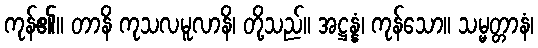
ကုန်၏။ တာနိ ကုသလမူလာနိ၊ တို့သည်။ အဋ္ဌန္နံ၊ ကုန်သော။ သမ္မတ္တာနံ၊